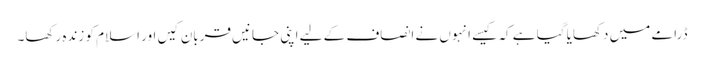
ڈرامے میں دکھایا گیا ہے کہ کیسے انہوں نے انصاف کے لیے اپنی جانیں قربان کیں اور اسلام کو زندہ رکھا۔